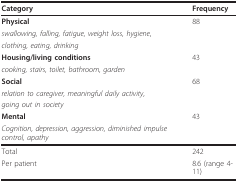
| Category | Frequency |
 | --- | --- |
 | Physical | 88 |
 | swallowing, falling, fatigue, weight loss, hygiene, |  |
 | clothing, eating, drinking |  |
 | Housing/living conditions | 43 |
 | cooking, stairs, toilet, bathroom, garden |  |
 | Social | 68 |
 | relation to caregiver, meaningful daily activity, |  |
 | going out in society |  |
 | Mental | 43 |
 | Cognition, depression, aggression, diminished impulse control, apathy |  |
 | Total | 242 |
 | Per patient | 8.6 (range 4-11) |